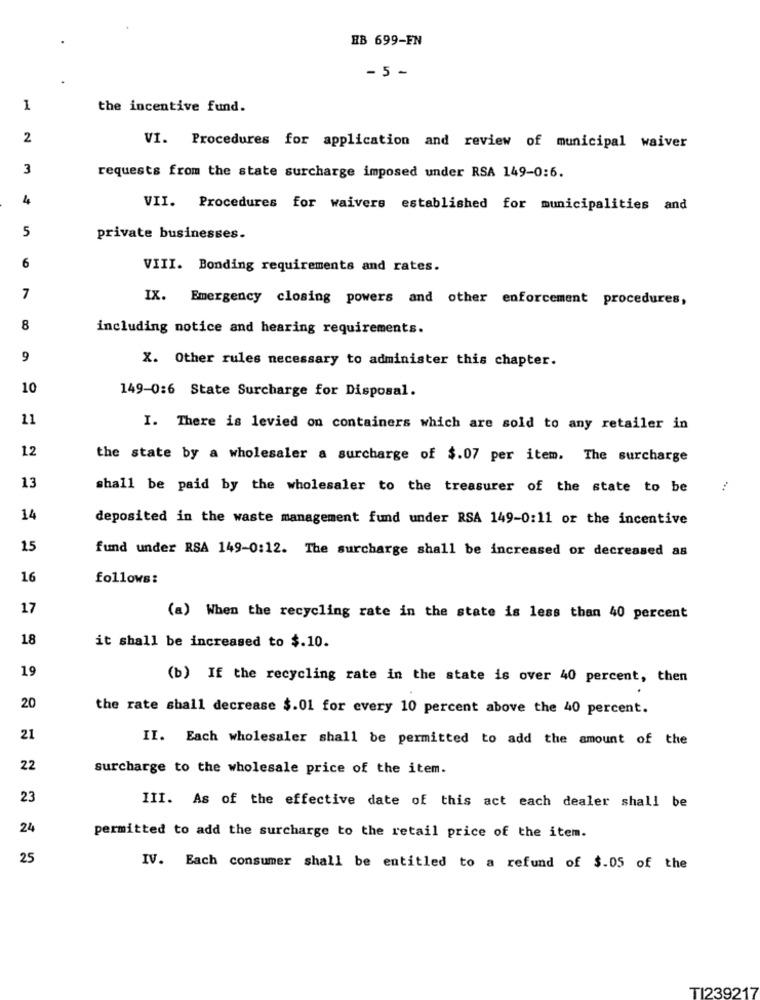
HB 699-FN
- 5 -
1
the incentive fund.
2
VI. Procedures for application and review of municipal waiver
3
requests from the state surcharge imposed under RSA 149-0:6.
4
VII. Procedures for waivers established for municipalities and
5
private businesses.
6
VIII. Bonding requirements and rates.
7
IX. Emergency closing powers and other enforcement procedures,
8
including notice and hearing requirements.
9
X. Other rules necessary to administer this chapter.
10
149-0:6 State Surcharge for Disposal.
11
I. There is levied on containers which are sold to any retailer in
12
the state by a wholesaler a surcharge of $.07 per item. The surcharge
13
shall be paid by the wholesaler to the treasurer of the state to be
14
deposited in the waste management fund under RSA 149-0:11 or the incentive
15
fund under RSA 149-0:12. The surcharge shall be increased or decreased as
16
follows:
17
(a) When the recycling rate in the state is less than 40 percent
18
it shall be increased to $.10.
19
(b) If the recycling rate in the state is over 40 percent, then
20
the rate shall decrease $.01 for every 10 percent above the 40 percent.
21
II. Each wholesaler shall be permitted to add the amount of the
22
surcharge to the wholesale price of the item.
23
III. As of the effective date of this act each dealer shall be
24
permitted to add the surcharge to the retail price of the item.
25
IV. Each consumer shall be entitled to a refund of $.05 of the
TI239217